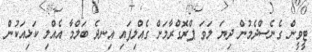
ޓީވީން ގެނެސްދެމުން ދިޔަ ލަވަ ޕްރޮގްރާމަށް ގެއްލިފައި އިނދެ ބަލްމާ އެއްލި ކަޅިއަކުން